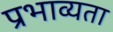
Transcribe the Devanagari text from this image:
प्रभाव्यता